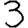
Digit: 3